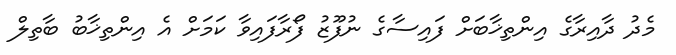
މެދު ދާއިރާގެ އިންތިޚާބަށް ފައިސާގެ ނުފޫޒު ފޯރާފައިވާ ކަމަށް އެ އިންތިޚާބު ބާތިލް